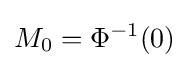
M_{0}=\Phi ^{-1}(0)